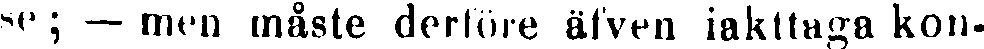
se ; — mwn måste derföre äfven iakttaga kon-